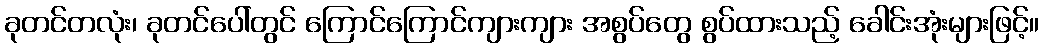
ခုတင်တလုံး၊ ခုတင်ပေါ်တွင် ကြောင်ကြောင်ကျားကျား အစွပ်တွေ စွပ်ထားသည့် ခေါင်းအုံးများဖြင့်။